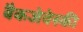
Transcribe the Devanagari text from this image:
बैकजेवेस्की